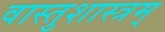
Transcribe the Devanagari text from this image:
वास्तुशास्त्रम्‌